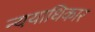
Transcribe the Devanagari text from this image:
न्ययाधिकार